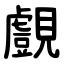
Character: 覻